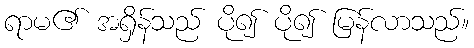
ရာမ၏ အရှိန်သည် ပို၍ ပို၍ မြန်လာသည်။